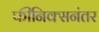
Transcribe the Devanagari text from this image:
फीनिक्सनंतर